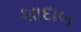
શાદાબ